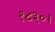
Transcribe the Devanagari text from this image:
१८३०।